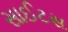
સાઈટસ